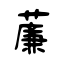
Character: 薕